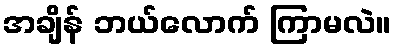
အချိန် ဘယ်လောက် ကြာမလဲ။